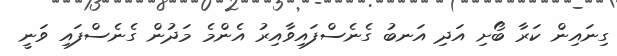
ގިނައިން ކަރާ ބޯށި އަދި އަނބު ގެނެސްފައިވާއިރު އެންމެ މަދުން ގެނެސްފައި ވަނީ